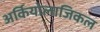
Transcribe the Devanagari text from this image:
अर्कियोलाजिकल